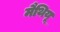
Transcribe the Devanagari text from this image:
मैथियू